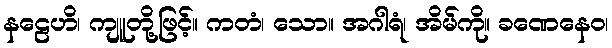
နဠေဟိ၊ ကျူတို့ဖြင့်။ ကတံ၊ သော။ အဂါရံ၊ အိမ်ကို။ ခဏေနေဝ၊